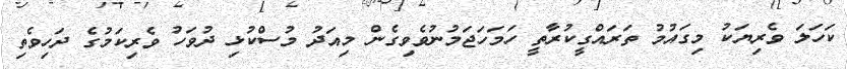
ކަހަލަ ވެރިޔަކު މިގައުމު ތަރައްގީކުރާތީ ހަމަހަޖަމުނުވެވިގެން މިއަދު މުސްކުޅި ދުވަހު ވެރިކަމުގެ ދަހިވެތި